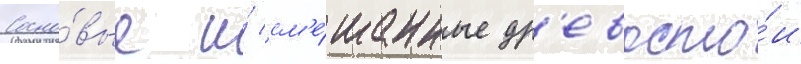
Сосно́вые и́ см'е́шанные др'евосто́и